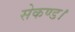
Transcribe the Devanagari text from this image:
सेकण्ड।